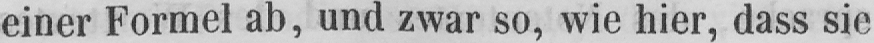
einer Formel ab, und zwar so, wie hier, dass sie